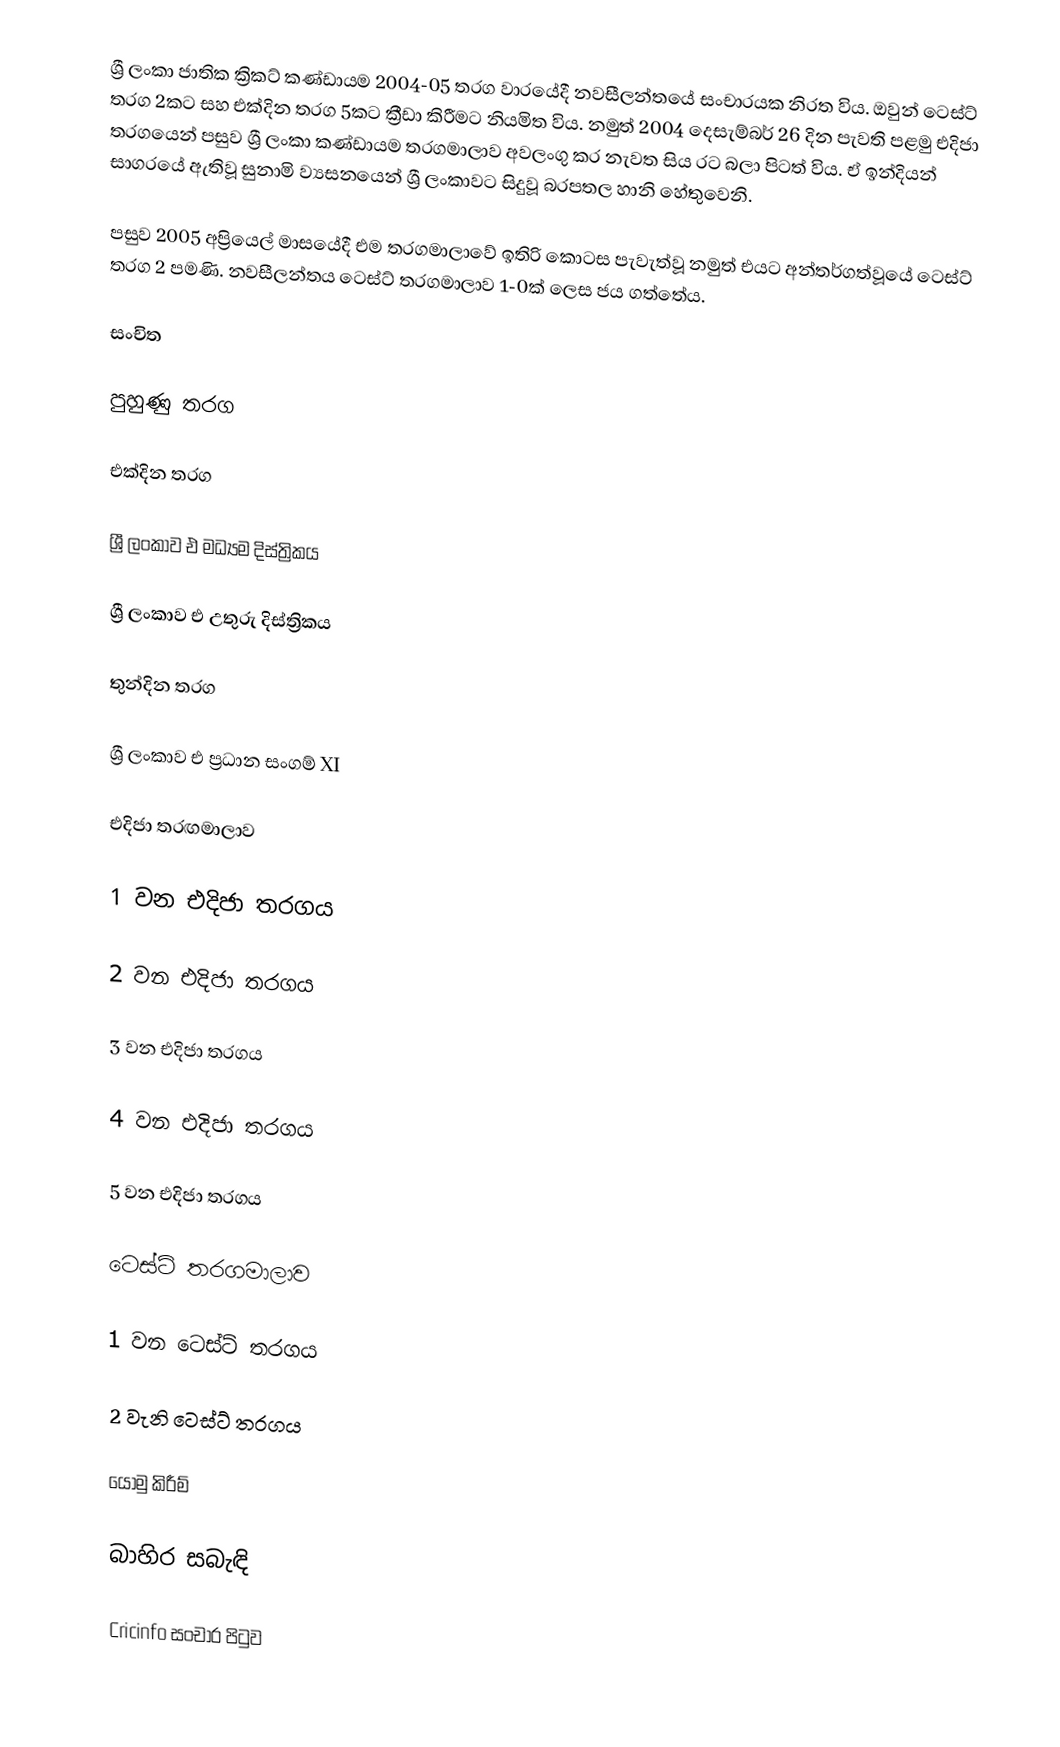
ශ්‍රී ලංකා ජාතික ක්‍රිකට් කණ්ඩායම 2004-05 තරග වාරයේදී නවසීලන්තයේ සංචාරයක නිරත විය. ඔවුන් ටෙස්ට් තරග 2කට සහ එක්දින තරග 5කට ක්‍රීඩා කිරීමට නියමිත විය. නමුත් 2004 දෙසැම්බර් 26 දින පැවති පළමු එදිජා තරගයෙන් පසුව ශ්‍රී ලංකා කණ්ඩායම තරගමාලාව අවලංගු කර නැවත සිය රට බලා පිටත් විය. ඒ ඉන්දියන් සාගරයේ ඇතිවූ සුනාමි ව්‍යසනයෙන් ශ්‍රී ලංකාවට සිදුවූ බරපතල හානි හේතුවෙනි.

පසුව 2005 අප්‍රියෙල් මාසයේදී එම තරගමාලාවේ ඉතිරි කොටස පැවැත්වූ නමුත් එයට අන්තර්ගත්වූයේ ටෙස්ට් තරග 2 පමණි. නවසීලන්තය ටෙස්ට් තරගමාලාව 1-0ක් ලෙස ජය ගත්තේය.

සංචිත

පුහුණු තරග

එක්දින තරග

ශ්‍රී ලංකාව එ මධ්‍යම දිස්ත්‍රිකය

ශ්‍රී ලංකාව එ උතුරු දිස්ත්‍රිකය

තුන්දින තරග

ශ්‍රී ලංකාව එ ප්‍රධාන සංගම් XI

එදිජා තරඟමාලාව

1 වන එදිජා තරගය

2 වන එදිජා තරගය

3 වන එදිජා තරගය

4 වන එදිජා තරගය

5 වන එදිජා තරගය

ටෙස්ට් තරගමාලාව

1 වන ටෙස්ට් තරගය

2 වැනි ටෙස්ට් තරගය

යොමු කිරීම්

බාහිර සබැඳි

 Cricinfo සංචාර පිටුව